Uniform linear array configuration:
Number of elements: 48
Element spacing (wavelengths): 0.25
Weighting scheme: hamming
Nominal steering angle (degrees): -15
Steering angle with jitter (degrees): -16.039
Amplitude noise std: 0.05
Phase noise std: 0.05

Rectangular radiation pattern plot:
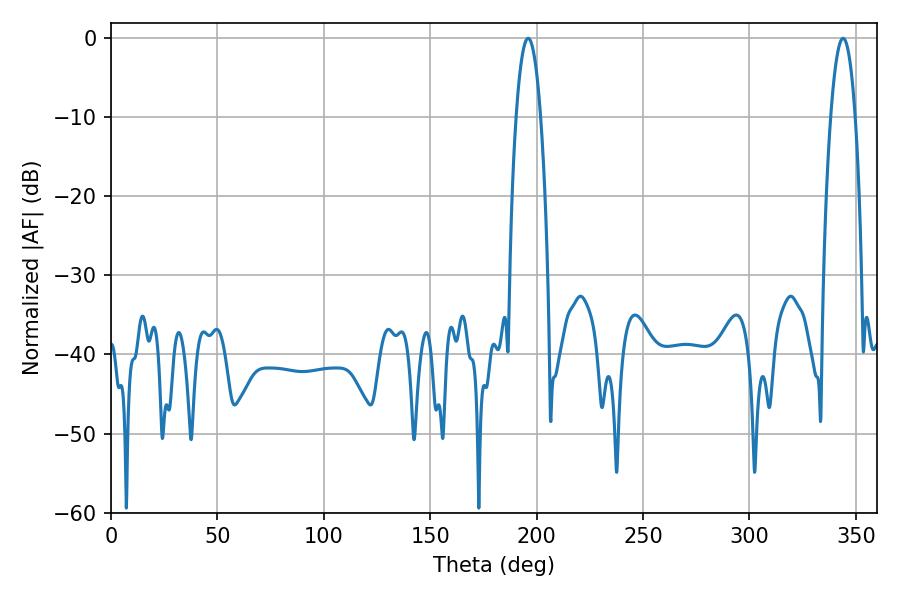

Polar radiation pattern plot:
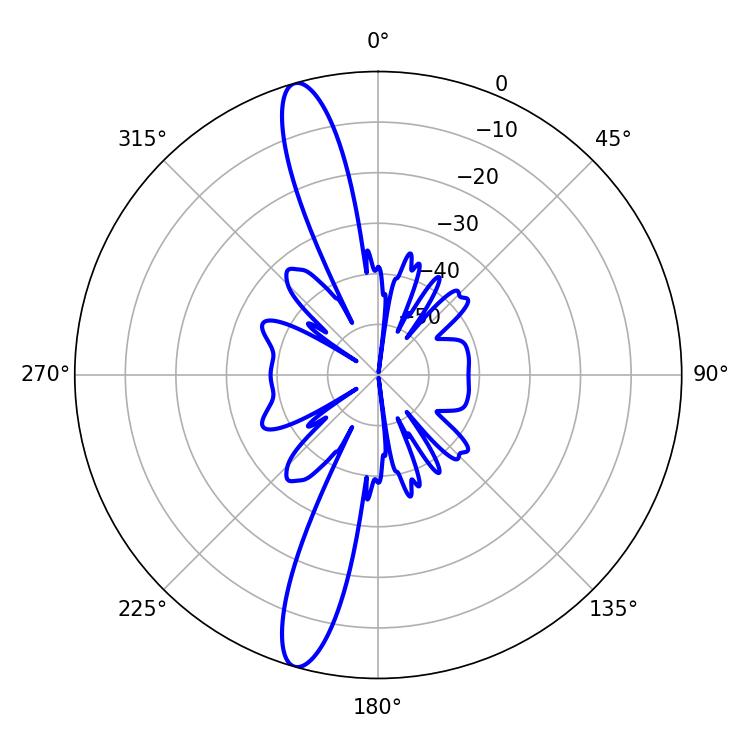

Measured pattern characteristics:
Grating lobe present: FALSE
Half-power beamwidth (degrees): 6.48
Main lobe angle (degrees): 196.02